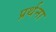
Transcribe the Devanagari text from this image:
प्रर्थना